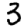
Digit: 3